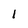
Character: I